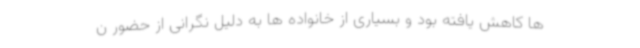
ها کاهش یافته بود و بسیاری از خانواده ها به دلیل نگرانی از حضور ن